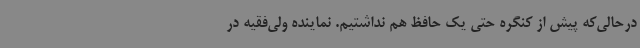
درحالی‌که پیش از کنگره حتی یک حافظ هم نداشتیم. نماینده ولی‌فقیه در